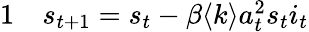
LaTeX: \begin{array}{rl}{{1}}&{{}s_{t+1}=s_{t}-\beta\langle k\rangle a_{t}^{2}s_{t}i_{t}}\end{array}